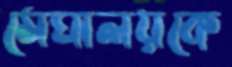
মেঘালয়কে